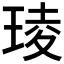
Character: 𤦫